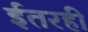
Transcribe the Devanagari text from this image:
ईतरही